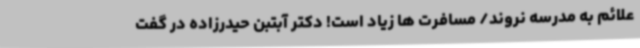
علائم به مدرسه نروند/ مسافرت ها زیاد است! دکتر آبتبن حیدرزاده در گفت